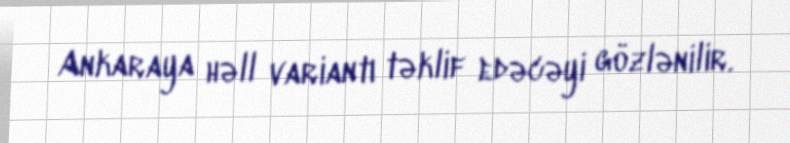
Ankaraya həll variantı təklif edəcəyi gözlənilir.